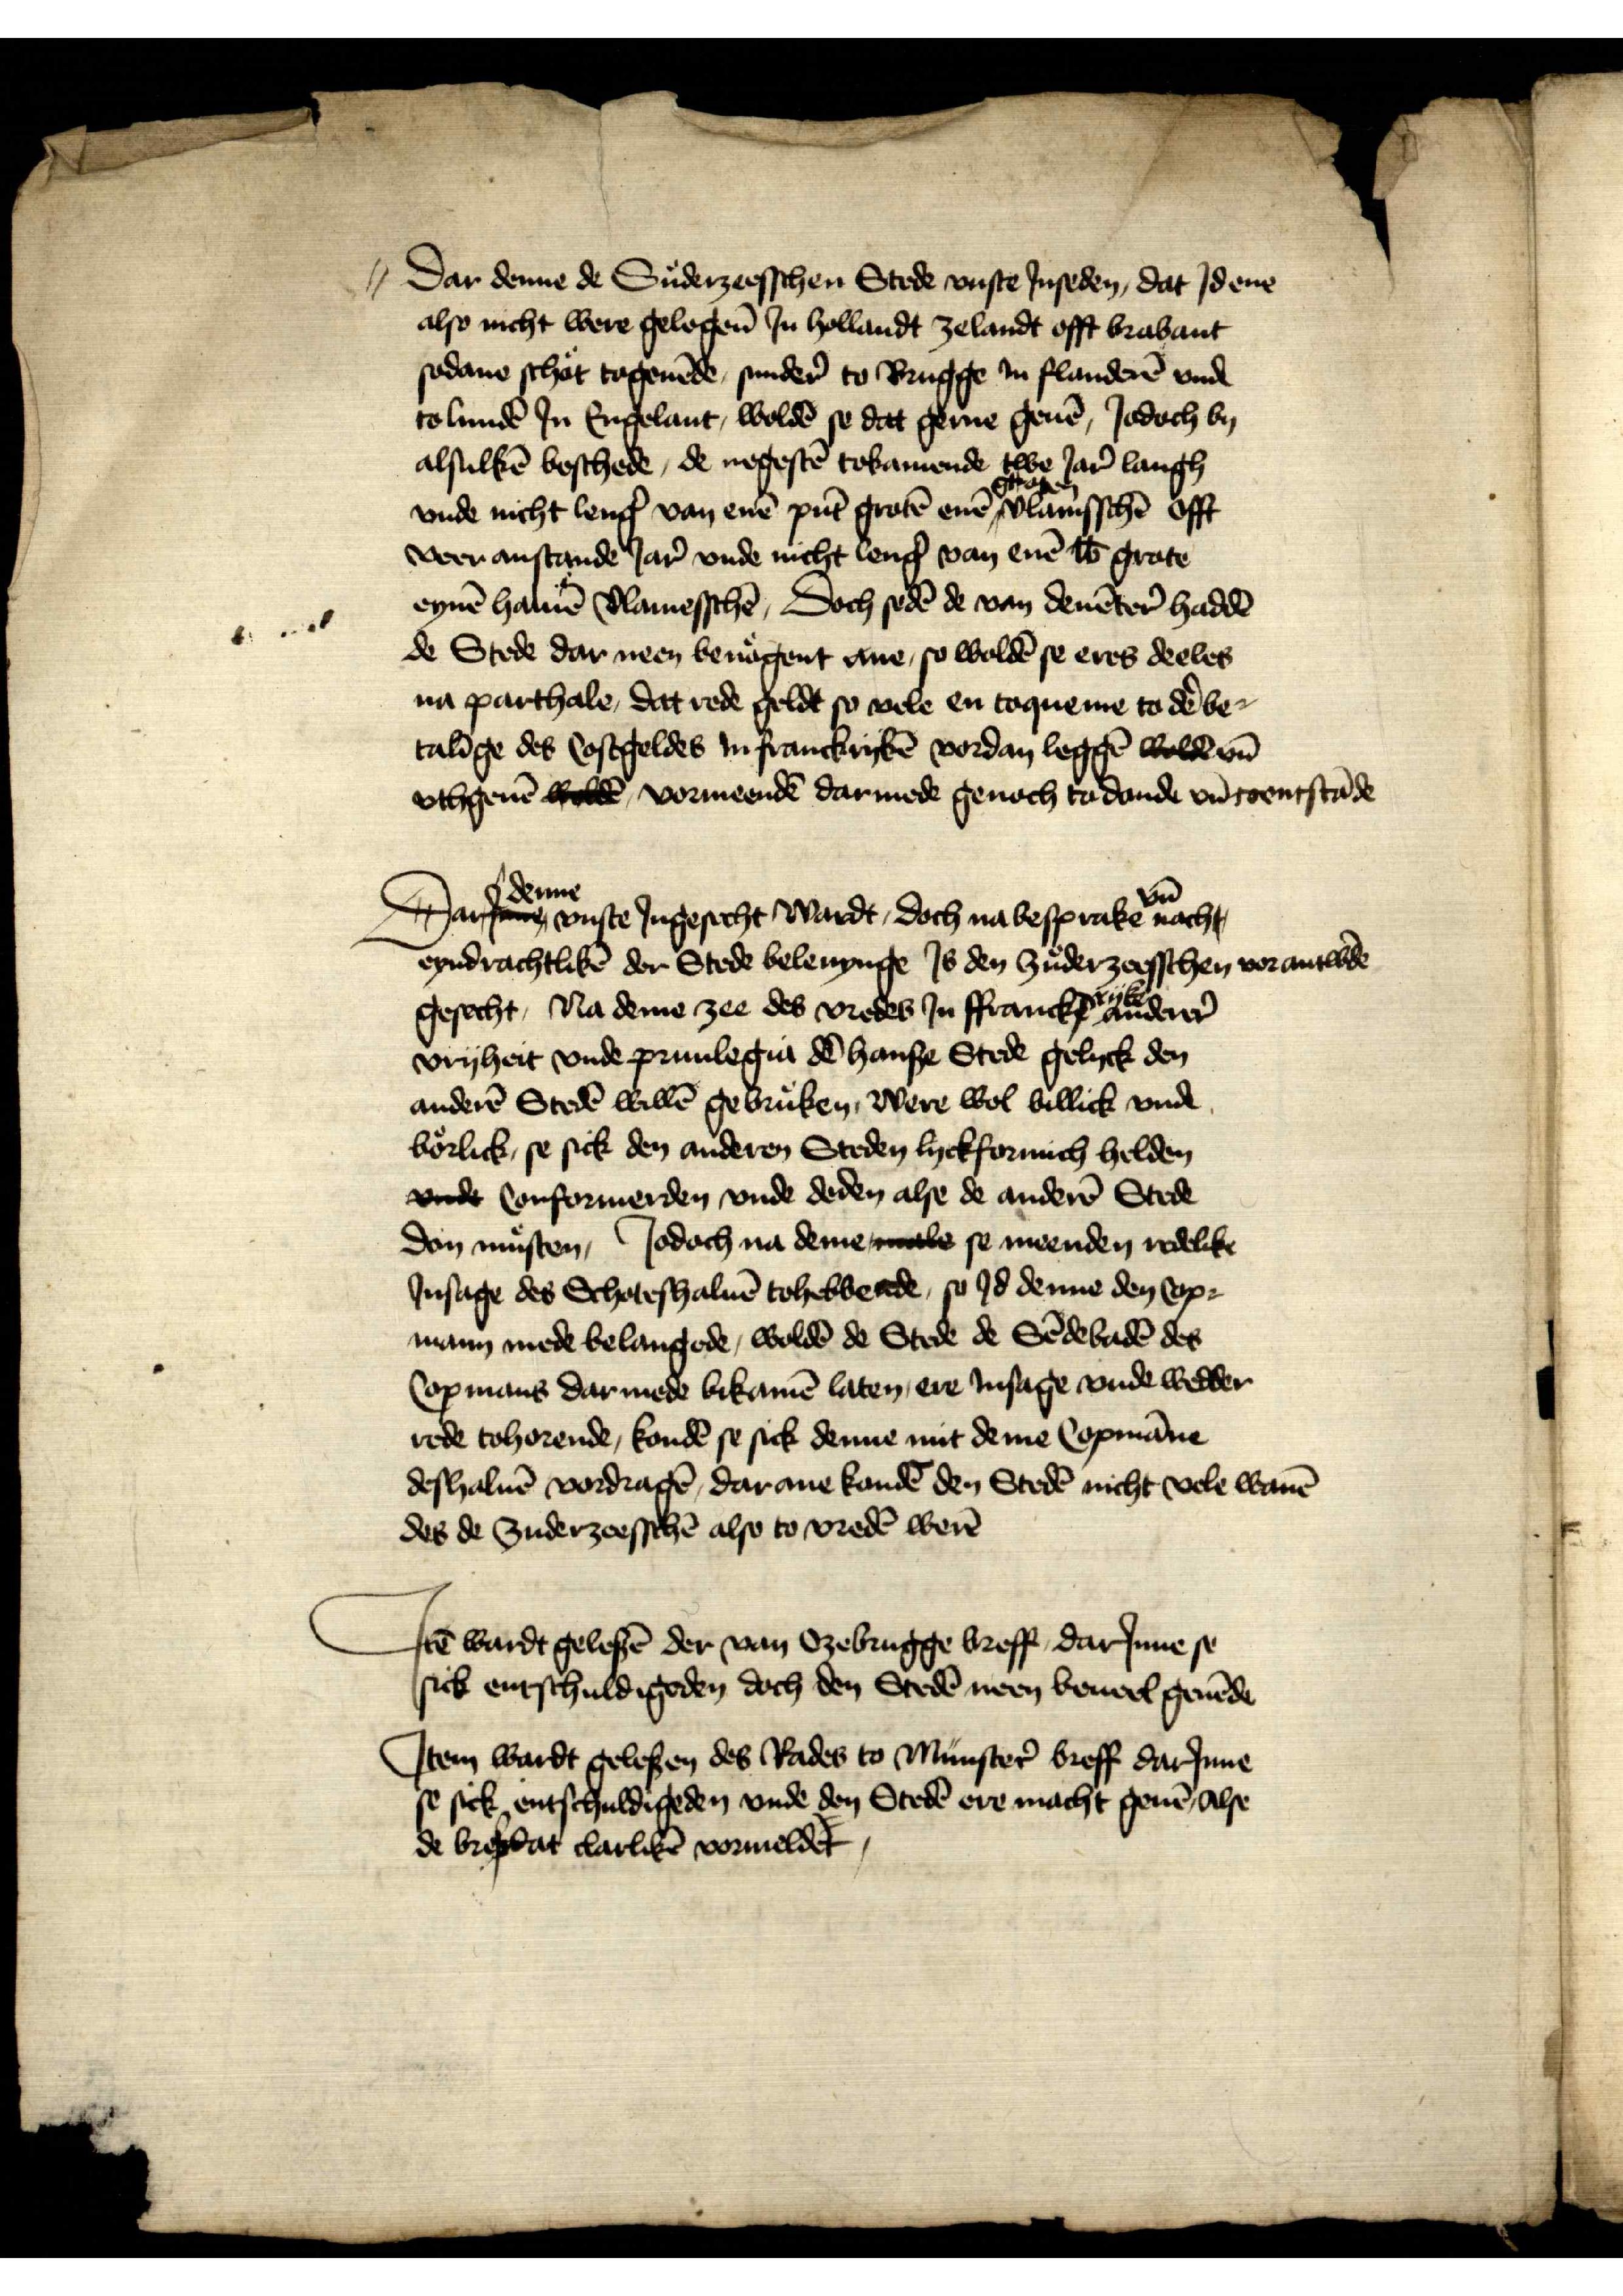
Dar denne de Suderzeesschen stede vuste Jnseden, dat Jdeme
alse nicht were gelogen̄ Jn Hollandt Zelandt offt Brabant
sodane schot togeuēde sunder̉ to Brugge in Flanderē vnd
to Lundē Jn Engelant, woldē se dat gerne geuē Jodoch by
alsulkē beschede, de negestē tokamenden twe Jar langh
vnde nicht leng̉ van enē pūt grotē enē groten vlamsschē offt
veer anstande Jar̉ unde nicht leng̉ van enē l̄b̄ grote
eynē haluē Vlamesschē, Doch sedē de van Deuēter̄ haddē
de Stede dar neen benoͤgent ane, so woldē se eres deeles
na parthale, dat rede geldt so vele en toqueme to dẻ be¬
talīge des costgeldes in Franckryckē vordan leggē wolden vn̄
uthgeuē wolden vormeendē darmede genoch to donde vn̄ toenstāde

Dar denne vuste Jngesecht wardt, Doch nabesprake vn̄ nach t
eyndrachtlikē der Stede beleuynge Js den Zuderzeesschen vorantw̉de
gesecht, Na deme zee des vredes Jn Ffrancksryke anderer̉
vryheit vnde priuilegia dē hanse Stede gelyck den
anderē Stedē willē gebruken, were wol billick vnde
borlick, se sick den anderen Steden lyckformich helden
unde conformerden vnde deden alse de anderē Stede
dan musten, Jodoch na deme male se meenden redelike
Jnsage des Schoteshaluē tohebbende,so Jd denne den cop¬
mann mede belangede, woldē de Stede de Sēdebadē des
Copmans dar mede bikamē laten, ere insage vnde wedder
rede tohorende, kondē se sick denne mit deme Copmāne
deshaluē vordragē, darane kondē den Stedē nicht vele wanē
des de Zuderzeesschē also to vredē werē

Jꝷ wardt gelesē der van Ozebrugge breff darJnne se
sick entschuldigeden doch den Stedē neen beueel geuēde

Jtem wardt gelesen des Rades to Munster̉ breff darJnne
se sick entschuldigeden vnde den Stedē ere macht geuē, alse
de breff dat clarlikē vormeldet